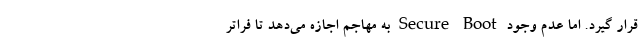
قرار گیرد. اما عدم وجود Secure Boot به مهاجم اجازه می‌دهد تا فراتر